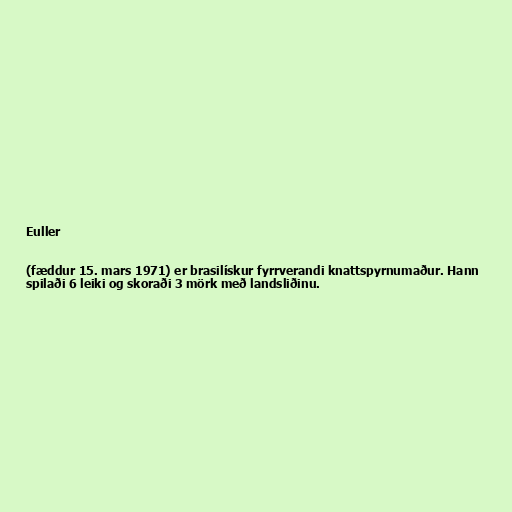
Euller

(fæddur 15. mars 1971) er brasilískur fyrrverandi knattspyrnumaður. Hann
spilaði 6 leiki og skoraði 3 mörk með landsliðinu.